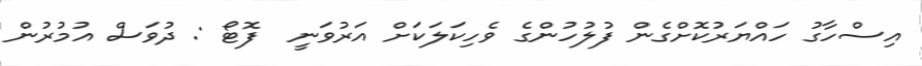
އިސްހާގު ހައްޔަރުކޮށްގެން ފުލުހުންގެ ވެހިކަލަކަށް އަރުވަނީ  ފޮޓޯ : ދުވަސް އުމުރުން